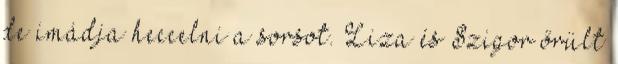
de imádja heccelni a sorsot. Liza és Szigor őrült